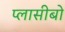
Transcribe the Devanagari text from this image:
प्लासीबो